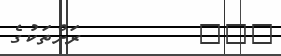
١١٧         ރަށްތަކުގެ